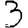
Digit: 3